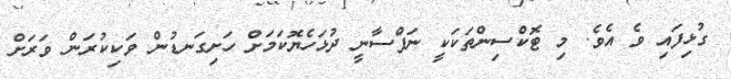
ގުޅިފައި ވެ އެވެ. މި ޓޮކްސިންތަކަކީ ނަފްސާނީ ދުޅަހެޔޮކަމަށް ހަށިގަނޑުން ވަކިކުރަން ވަރަށް